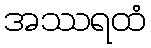
အဿရထံ